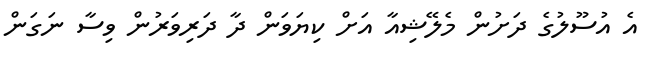
އެ އުސޫލުގެ ދަށުން މެލޭޝިއާ އަށް ކިޔަވަން ދާ ދަރިވަރުން ވިސާ ނަގަން